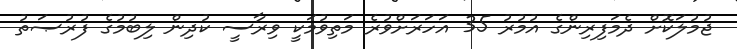
ޖުމުލަކޮށް ދެމަފިރިންގެ އުމުރު 35 އަހަރަށްވުރެ މަތިވުމަކީ ވިރާސީ ކުދިން ލިބުމުގެ ފުރުޞަތު